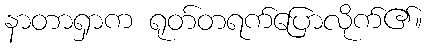
နာတာရှာက ရုတ်တရက်ပြောလိုက်၏။